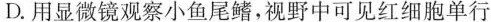
D.用显微镜观察小鱼尾鳍，视野中可见红细胞单行